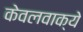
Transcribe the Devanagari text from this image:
केवलवाक्ये